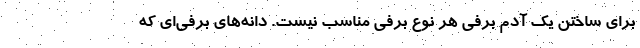
برای ساختن یک آدم برفی هر نوع برفی مناسب نیست. دانه‌های برفی‌ای که